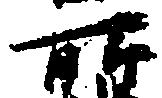
所